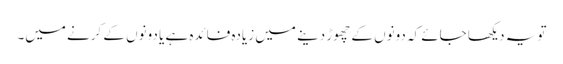
تو یہ دیکھا جائے کہ دونوں کے چھوڑ دینے میں زیادہ فائدہ ہے یا دونوں کے کرنے میں۔